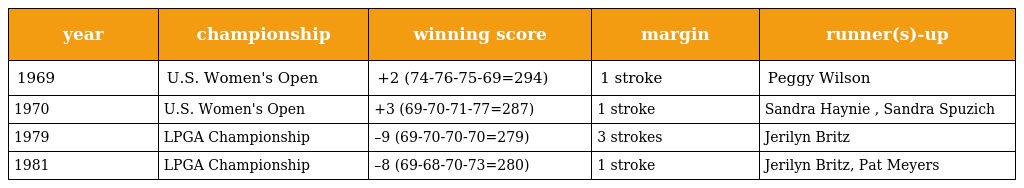
| year | championship | winning score | margin | runner(s)-up |
 | --- | --- | --- | --- | --- |
 | 1969 | U.S. Women's Open | +2 (74-76-75-69=294) | 1 stroke | Peggy Wilson |
 | 1970 | U.S. Women's Open | +3 (69-70-71-77=287) | 1 stroke | Sandra Haynie , Sandra Spuzich |
 | 1979 | LPGA Championship | –9 (69-70-70-70=279) | 3 strokes | Jerilyn Britz |
 | 1981 | LPGA Championship | –8 (69-68-70-73=280) | 1 stroke | Jerilyn Britz, Pat Meyers |